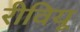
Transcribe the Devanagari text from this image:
रीवियू